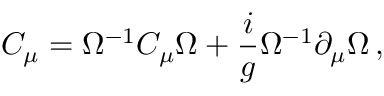
C _ { \mu } = \Omega ^ { - 1 } C _ { \mu } \Omega + { \frac { i } { g } } \Omega ^ { - 1 } \partial _ { \mu } \Omega \, ,